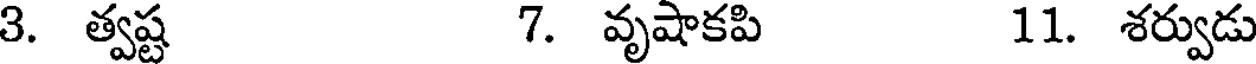
3. త్వష్ట 7. వృషాకపి 11. శర్వుడు